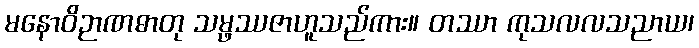
မနောဝိဉာဏဓာတု သမ္ဖဿဇာဟူသည်ကား။ တဿာ ကုသလလသညာယ၊